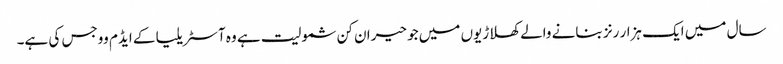
سال میں ایک ہزار رنز بنانے والے کھلاڑیوں میں جو حیران کن شمولیت ہے وہ آسٹریلیا کے ایڈم ووجس کی ہے۔